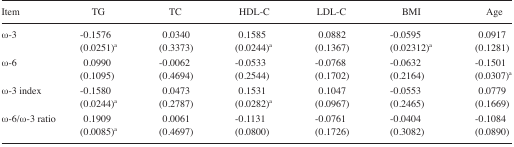
<table><thead><tr><td><b>Item</b></td><td><b>TG</b></td><td><b>TC</b></td><td><b>HDL-C</b></td><td><b>LDL-C</b></td><td><b>BMI</b></td><td><b>Age</b></td></tr></thead><tbody><tr><td>ω-3</td><td>−0.1576 (0.0251)<sup>a</sup></td><td>0.0340 (0.3373)</td><td>0.1585 (0.0244)<sup>a</sup></td><td>0.0882 (0.1367)</td><td>−0.0595 (0.02312)<sup>a</sup></td><td>0.0917 (0.1281)</td></tr><tr><td>ω-6</td><td>0.0990 (0.1095)</td><td>−0.0062 (0.4694)</td><td>−0.0533 (0.2544)</td><td>−0.0768 (0.1702)</td><td>−0.0632 (0.2164)</td><td>−0.1501 (0.0307)<sup>a</sup></td></tr><tr><td>ω-3 index</td><td>−0.1580 (0.0244)<sup>a</sup></td><td>0.0473 (0.2787)</td><td>0.1531 (0.0282)<sup>a</sup></td><td>0.1047 (0.0967)</td><td>−0.0553 (0.2465)</td><td>0.0779 (0.1669)</td></tr><tr><td>ω-6/ω-3 ratio</td><td>0.1909 (0.0085)<sup>a</sup></td><td>0.0061 (0.4697)</td><td>−0.1131 (0.0800)</td><td>−0.0761 (0.1726)</td><td>−0.0404 (0.3082)</td><td>−0.1084 (0.0890)</td></tr></tbody></table>